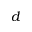
d